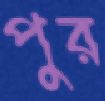
পুর